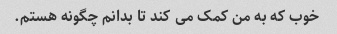
خوب که به من کمک می کند تا بدانم چگونه هستم.